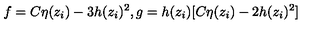
f = C \eta ( z _ { i } ) - 3 h ( z _ { i } ) ^ { 2 } , g = h ( z _ { i } ) [ C \eta ( z _ { i } ) - 2 h ( z _ { i } ) ^ { 2 } ]